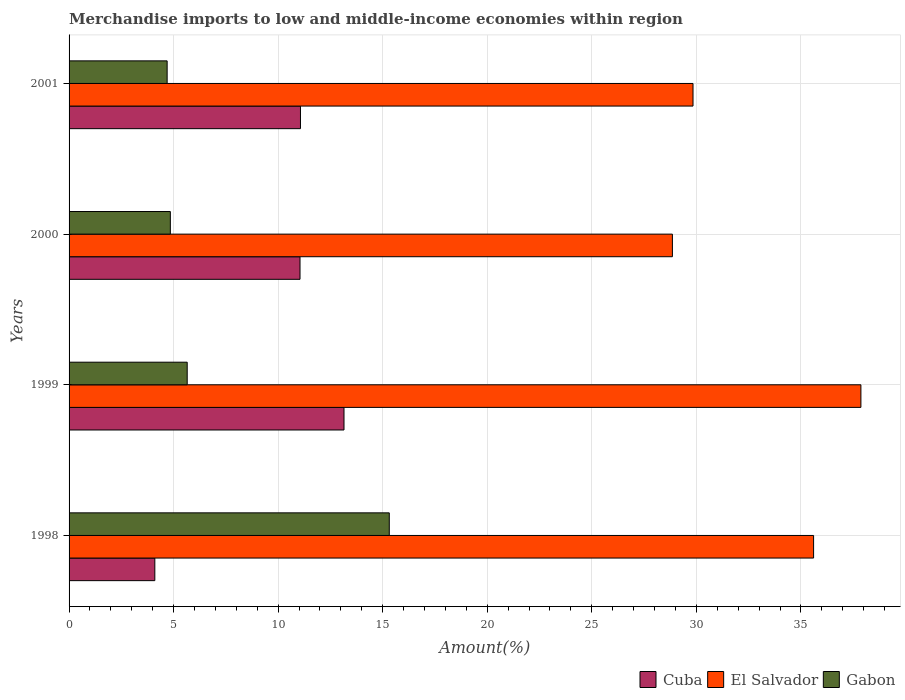
| Years | Cuba | El Salvador | Gabon |
 | --- | --- | --- | --- |
 | 1998 | 4.1 | 35.6 | 15.3 |
 | 1999 | 13.1 | 37.9 | 5.65 |
 | 2000 | 11 | 28.9 | 4.84 |
 | 2001 | 11.1 | 29.8 | 4.69 |